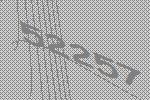
52257